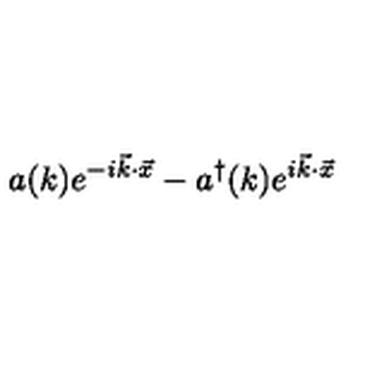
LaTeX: a ( k ) e ^ { - i \vec { k } \cdot \vec { x } } - a ^ { \dagger } ( k ) e ^ { i \vec { k } \cdot \vec { x } }